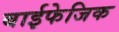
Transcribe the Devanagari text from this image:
बाईफेजिक